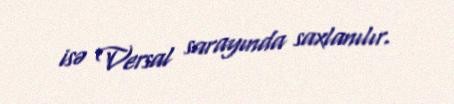
isə Versal sarayında saxlanılır.